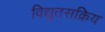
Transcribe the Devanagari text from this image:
विद्युतसक्रिय